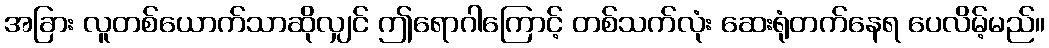
အခြား လူတစ်ယောက်သာဆိုလျှင် ဤရောဂါကြောင့် တစ်သက်လုံး ဆေးရုံတက်နေရ ပေလိမ့်မည်။